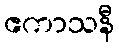
ဧကာသနီ